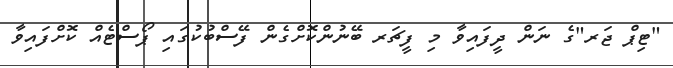
"ޓިޕް ޖަރ"ގެ ނަން ދީފައިވާ މި ފީޗަރ ބޭނުންކޮށްގެން ފޭސްބުކުގައި ޕޯސްޓެއް ކޮށްފައިވާ